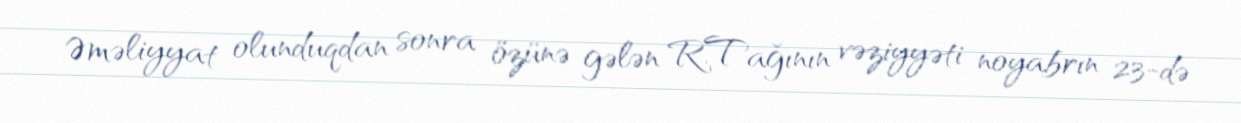
Əməliyyat olunduqdan sonra özünə gələn R.Tağının vəziyyəti noyabrın 23-də